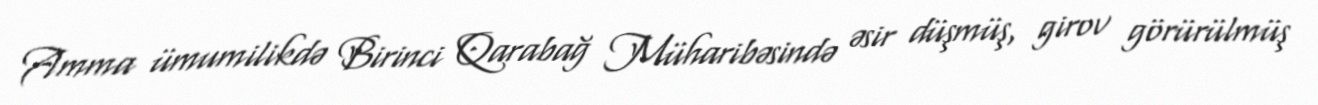
Amma ümumilikdə Birinci Qarabağ Müharibəsində əsir düşmüş, girov görürülmüş